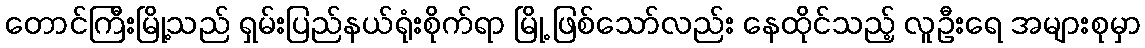
တောင်ကြီးမြို့သည် ရှမ်းပြည်နယ်ရုံးစိုက်ရာ မြို့ ဖြစ်သော်လည်း နေထိုင်သည့် လူဦးရေ အများစုမှာ